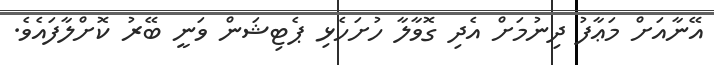
އޭނާއަށް މަޢާފު ދިނުމަށް އެދި ގޮވާލާ ހުށަހެޅި ޕެޓިޝަން ވަނީ ބޭރު ކޮށްލާފައެވެ.